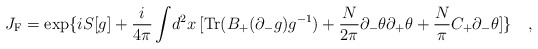
\begin{align*}J_{{\rm F}} = \exp\{ iS[g]+\frac{i}{4\pi}\int\!d^2 x\,[{\rm Tr}(B_{+}(\partial_{-} g)g^{-1}) +\frac{N}{2 \pi}\partial_-\theta\partial_+\theta + \frac{N}{\pi}C_+\partial_-\theta] \}\quad,\end{align*}